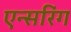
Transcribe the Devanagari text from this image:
एन्सरिंग